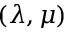
( \lambda , \mu )